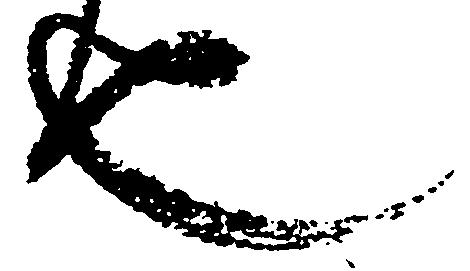
也